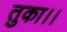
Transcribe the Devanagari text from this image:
तुका।।